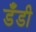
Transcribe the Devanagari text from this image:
डँडी